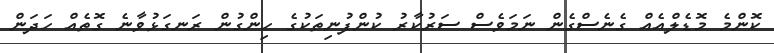
ކޮންމެ މޮޑެލްއެއް ގެނެސްގެން ނަމަވެސް ސަރުކާރު ކުންފުނިތަކުގެ ހިންގުން ރަނގަޅުވާނެ ގޮތެއް ހަދަން